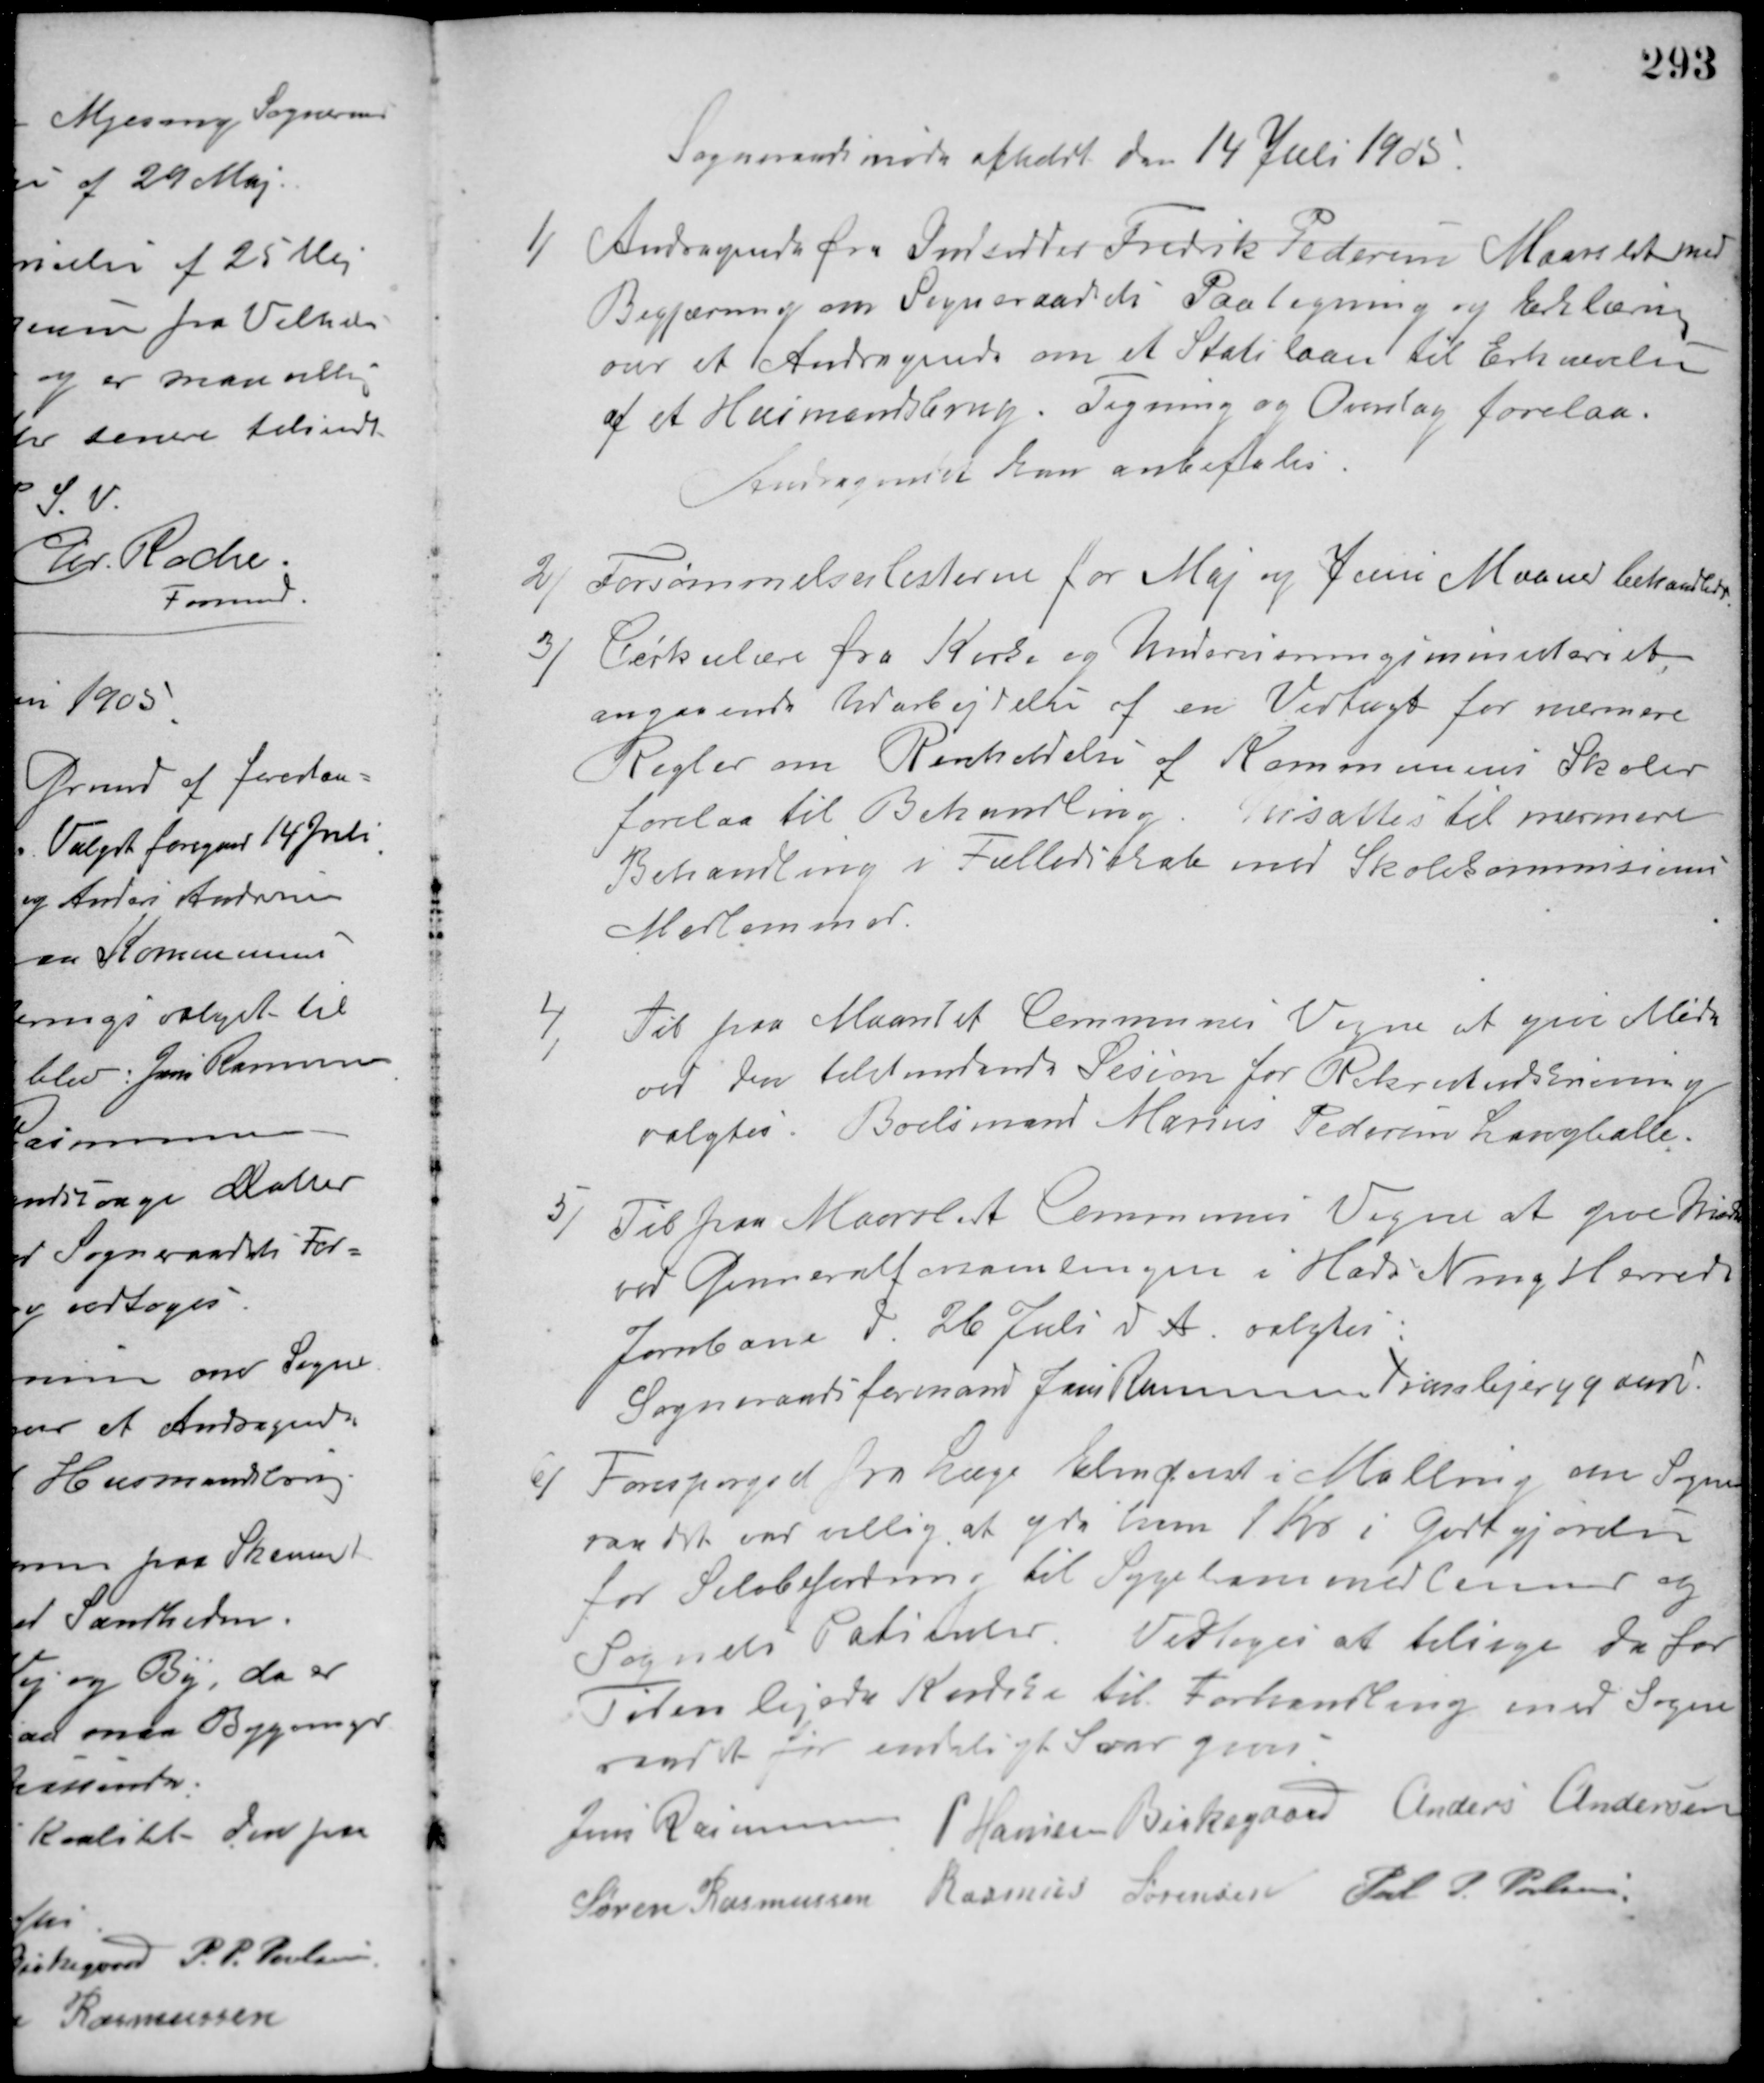
Transskription:
Sogneraadsmøde afholdt den 14 Juli 1905.
1/ Andragende fra Indsidder Fredrik Pedersen Maarslet med
Begjæring om Sogneraadets Paategning og Erklæring
over et Andragende om et Statslaan til Erhvervelse
af et Husmandsbrug. Tegning og Overslag forelaa.
Andragendet kan anbefales.
2/
Forsømmelseslisterne for Maj og Juni Maaned behandledes.
3/ Cirkulære fra Kirke og Undervisningsministeriet
angaaende Udarbejdelse af en Vedtægt for nærmere
Regler om Renholdelse af Kommunens Skoler
forelaa til Behandling. Udsattes til nærmere
Behandling i Fællesskab med Skolekommisions
Medlemmer.
4/Til paa Maarslet Communes Vegne at give Møde
ved den tilstundende Sesion for Rekrutudskrivning
valgtes: Boelsmand Marius Pedersen Langballe.
5/ Til paa Maarslet Communes Vegne at give Møde
ved Genneralforsamlingen i Hads Ning Herreds
Jernbane d. 26 Juli d. A. valgtes:
Sogneraadsformand Jens Rasmussen Tranbjerggaard.
6/ Forespørgsel fra Læge Elmquist i Malling om Sogne-
raadet var villig at yde ham 1 Kr. i Godtgjørelse
for Selvbefordring til Sygekassemedlemmer og
Sognets Patienter. Vedtoges at tilsige de for
Tiden lejede Kondise til Forhandling med Sogne-
raadet før endeligt Svar gives
Jens Rasmussen P. Hansen Birkegaard Anders Andersen
Søren Rasmussen Rasmus Sørensen Poul P. Petersen